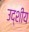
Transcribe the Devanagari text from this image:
उद्शीय